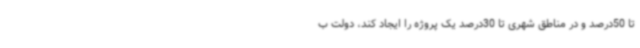
تا 50درصد و در مناطق شهری تا 30درصد یک پروژه را ایجاد کند، دولت ب